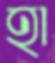
হা